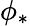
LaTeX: \phi_{*}